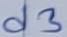
Text: d3